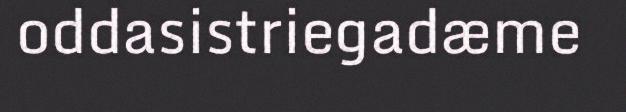
oddasistriegadæme